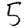
Digit: 5